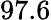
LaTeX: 97.6